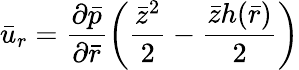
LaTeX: {\bar{u}}_{r}=\frac{{\partial}\bar{p}}{{\partial}\bar{r}}\left(\frac{{\bar{z}}^{2}}{2}-\frac{\bar{z}h(\bar{r})}{2}\right)